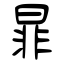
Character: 暃